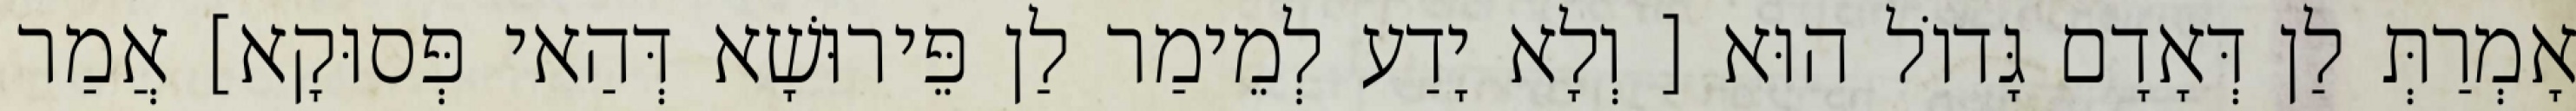
אָמְרַתְּ לַן דְּאָדָם גָּדוֹל הוּא [ וְלָא יָדַע לְמֵימַר לַן פֵּירוּשָׁא דְּהַאי פְּסוּקָא] אֲמַר